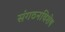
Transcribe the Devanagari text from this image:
संगठनविशेष